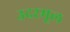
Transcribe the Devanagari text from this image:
उदरमूल